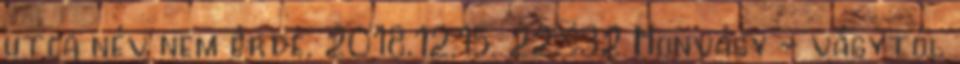
utca név nem érde. 2018.12.15. 22:32 Honvágy - vágytól